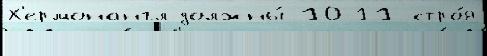
Х'ермонангл должны́ 10-11 стро́я